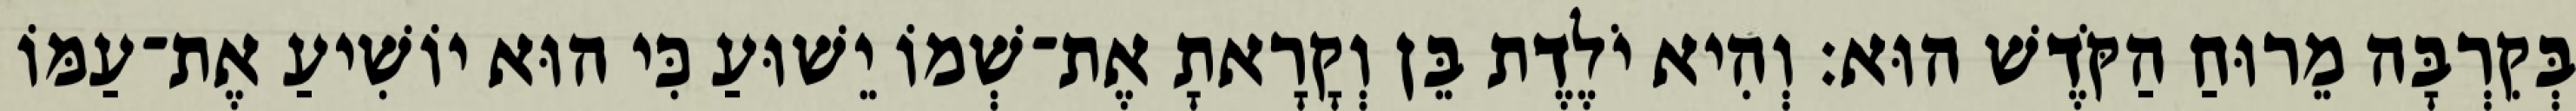
בְּקִרְבָּה מֵרוּחַ הַקֹּדֶשׁ הוּא׃ וְהִיא יֹלֶדֶת בֵּן וְקָרָאתָ אֶת־שְׁמוֹ יֵשׁוּעַ כִּי הוּא יוֹשִׁיעַ אֶת־עַמּוֹ